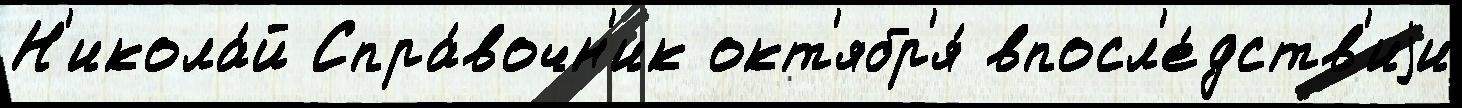
Н'икола́й Спра́вочн'ик окт'ябр'я́ впосл'е́дств'иjи